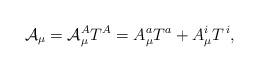
LaTeX: \begin{align*}\mathcal{A}_\mu =\mathcal{A}_\mu ^AT^A=A_\mu ^aT^a+A_\mu ^iT^{\,i},\end{align*}